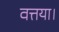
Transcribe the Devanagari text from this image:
वत्तया।